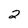
Character: 2